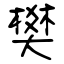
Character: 樊